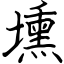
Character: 壎